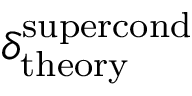
\delta _ { \mathrm { t h e o r y } } ^ { \mathrm { s u p e r c o n d } }